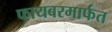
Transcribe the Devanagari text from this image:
फायबरमार्फत